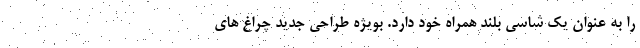
را به عنوان یک شاسی بلند همراه خود دارد. بویژه طراحی جدید چراغ های